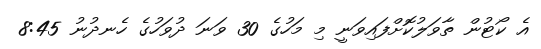
އެ ކޯޓުން ތާވަލުކޮށްފައިވަނީ މި މަހުގެ 30 ވަނަ ދުވަހުގެ ހެނދުނު 8:45